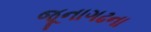
જૂનાગઢના